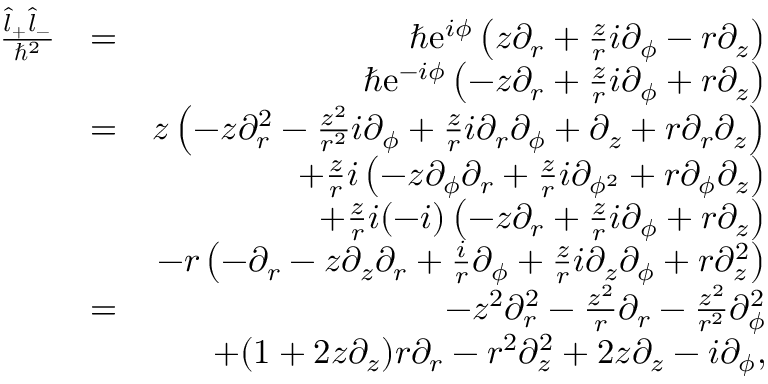
\begin{array} { r l r } { \frac { \hat { l } _ { + } \hat { l } _ { - } } { \hbar ^ { 2 } } } & { = } & { \hbar \mathrm { e } ^ { i \phi } \left( z \partial _ { r } + \frac { z } { r } i \partial _ { \phi } - r \partial _ { z } \right) } \\ & { } & { \hbar \mathrm { e } ^ { - i \phi } \left( - z \partial _ { r } + \frac { z } { r } i \partial _ { \phi } + r \partial _ { z } \right) } \\ & { = } & { z \left( - z \partial _ { r } ^ { 2 } - \frac { z ^ { 2 } } { r ^ { 2 } } i \partial _ { \phi } + \frac { z } { r } i \partial _ { r } \partial _ { \phi } + \partial _ { z } + r \partial _ { r } \partial _ { z } \right) } \\ & { } & { + \frac { z } { r } i \left( - z \partial _ { \phi } \partial _ { r } + \frac { z } { r } i \partial _ { \phi ^ { 2 } } + r \partial _ { \phi } \partial _ { z } \right) } \\ & { } & { + \frac { z } { r } i ( - i ) \left( - z \partial _ { r } + \frac { z } { r } i \partial _ { \phi } + r \partial _ { z } \right) } \\ & { } & { - r \left( - \partial _ { r } - z \partial _ { z } \partial _ { r } + \frac { i } { r } \partial _ { \phi } + \frac { z } { r } i \partial _ { z } \partial _ { \phi } + r \partial _ { z } ^ { 2 } \right) } \\ & { = } & { - z ^ { 2 } \partial _ { r } ^ { 2 } - \frac { z ^ { 2 } } { r } \partial _ { r } - \frac { z ^ { 2 } } { r ^ { 2 } } \partial _ { \phi } ^ { 2 } } \\ & { } & { + ( 1 + 2 z \partial _ { z } ) r \partial _ { r } - r ^ { 2 } \partial _ { z } ^ { 2 } + 2 z \partial _ { z } - i \partial _ { \phi } , } \end{array}